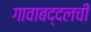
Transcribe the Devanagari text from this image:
गावाबद्दलची